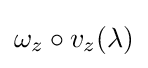
\omega _{z}\circ v_{z}(\lambda )